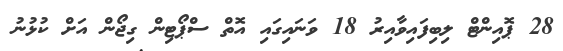
28 ޕޮއިންޓް ލިބިފައިވާއިރު 18 ވަނައިގައި އޮތް ސްޕޯޓިން ގިޖޯން އަށް ކުޅުނު